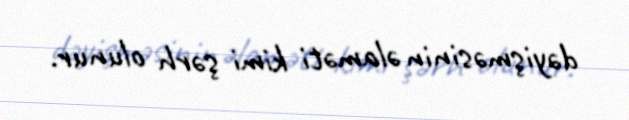
dəyişməsinin əlaməti kimi şərh olunur.